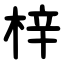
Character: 梓